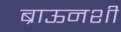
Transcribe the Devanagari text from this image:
ब्राऊनशी